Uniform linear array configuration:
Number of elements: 48
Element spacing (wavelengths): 0.25
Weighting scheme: uniform
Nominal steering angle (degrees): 15
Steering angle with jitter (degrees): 13.24
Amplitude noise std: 0.05
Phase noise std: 0.05

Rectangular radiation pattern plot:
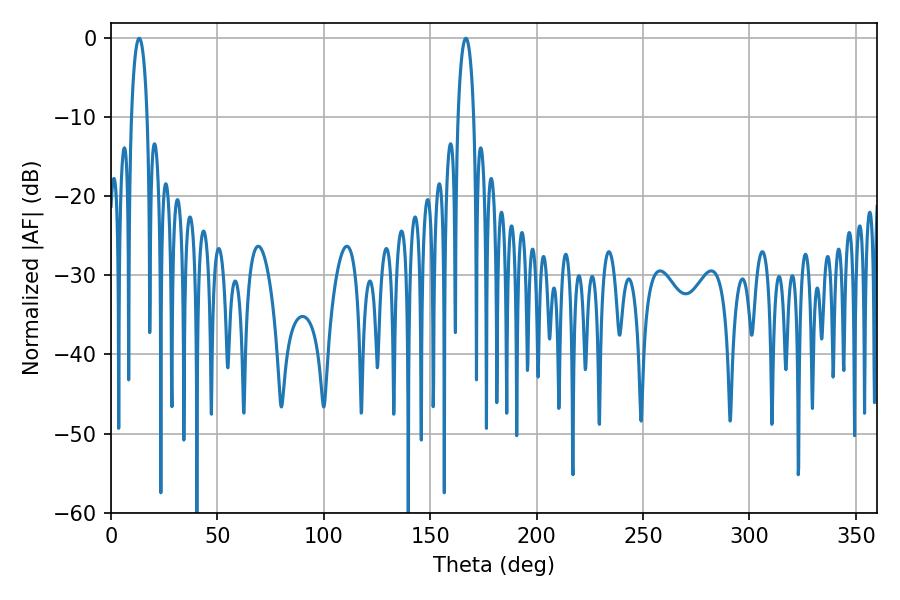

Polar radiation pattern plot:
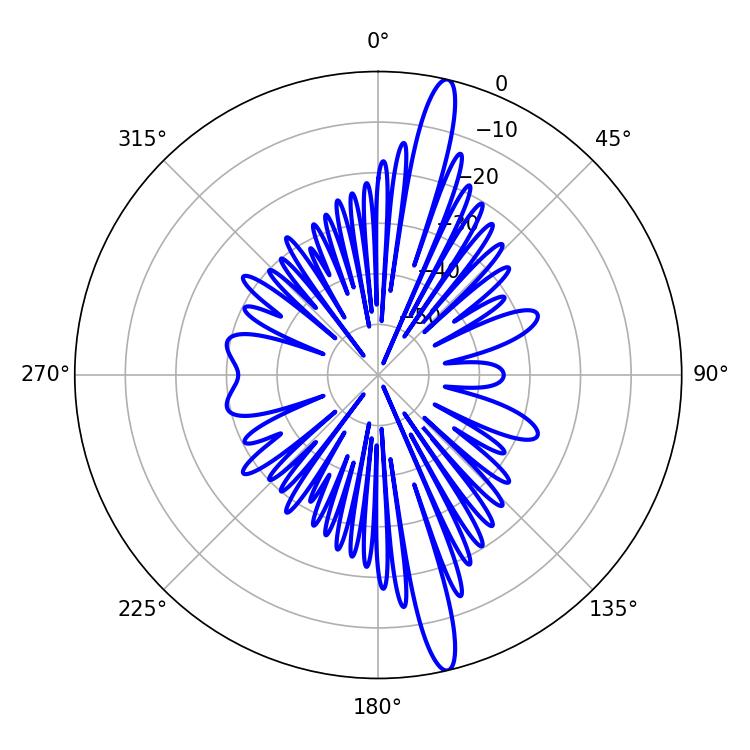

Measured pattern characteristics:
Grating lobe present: FALSE
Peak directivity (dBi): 17.124
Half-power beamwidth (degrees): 4.14
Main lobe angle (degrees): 13.32